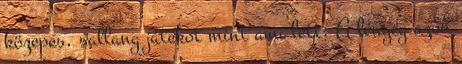
közepes, sallang játékot mint ami lett. A lényeg azon